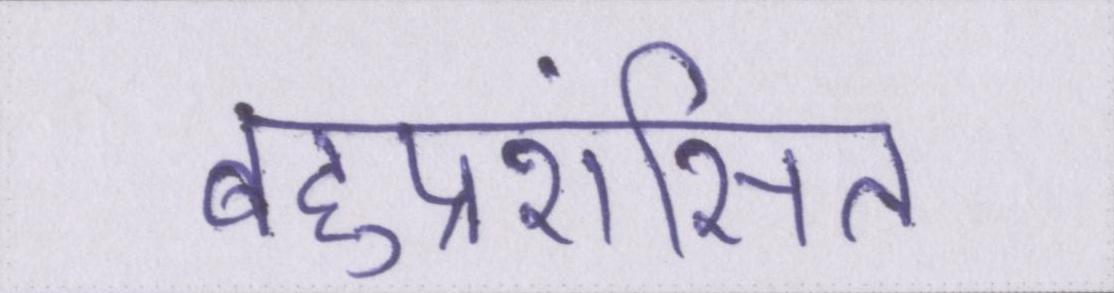
बहुप्रशंसित